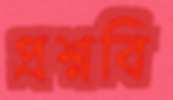
প্রশ্নবি